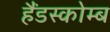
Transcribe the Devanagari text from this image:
हैंडस्कोम्ब